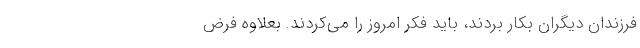
فرزندان دیگران بکار بردند، باید فکر امروز را می‌کردند. بعلاوه فرض